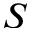
S